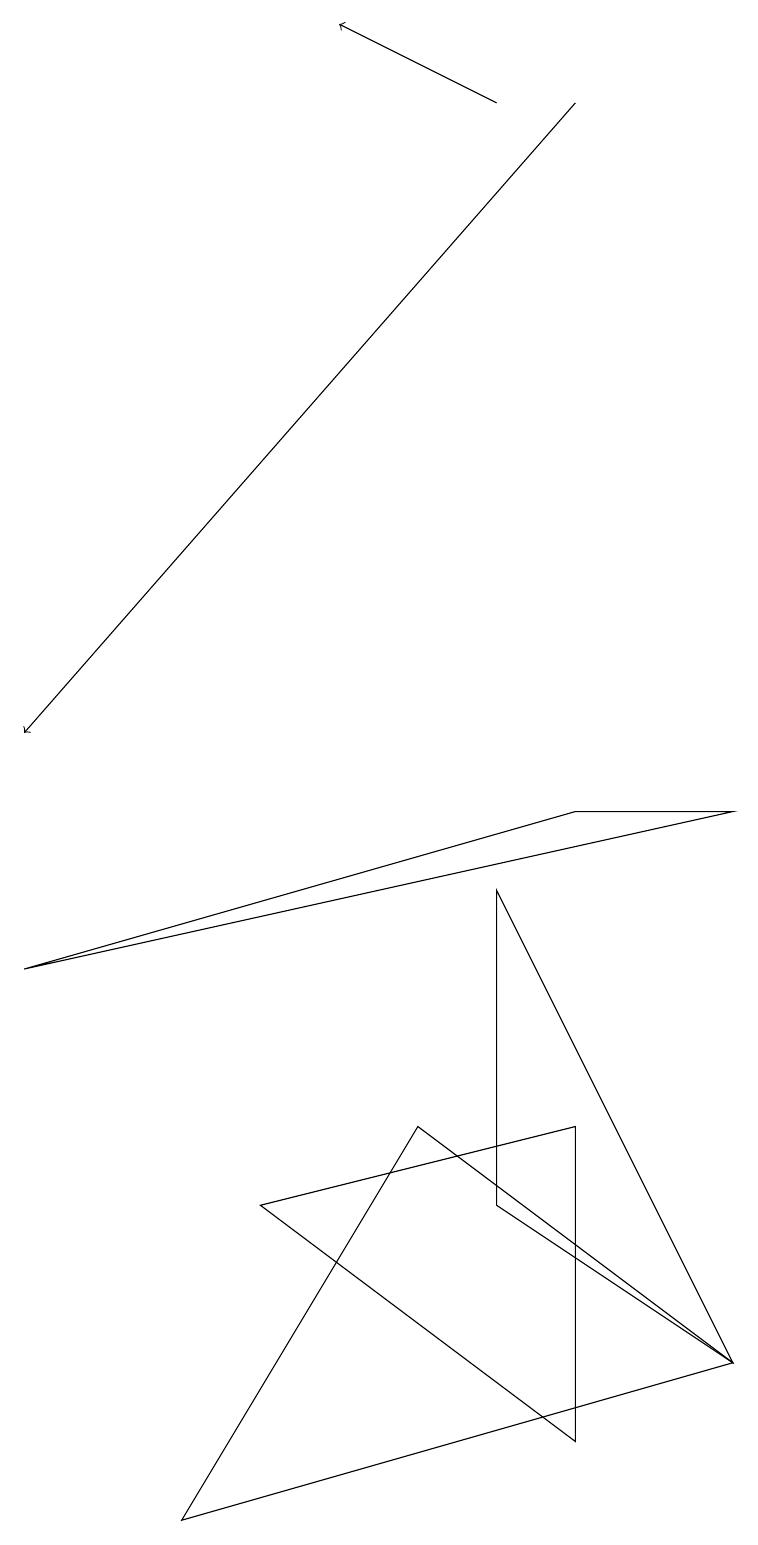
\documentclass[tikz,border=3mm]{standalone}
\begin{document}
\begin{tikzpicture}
\draw[->] (7,18) -- (0,10);
\draw (7,1) -- (3,4) -- (7,5) -- cycle;
\draw (9,2) -- (2,0) -- (5,5) -- cycle;
\draw (9,9) -- (7,9) -- (0,7) -- cycle;
\draw (6,8) -- (9,2) -- (6,4) -- cycle;
\draw[->] (6,18) -- (4,19);
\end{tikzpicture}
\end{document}